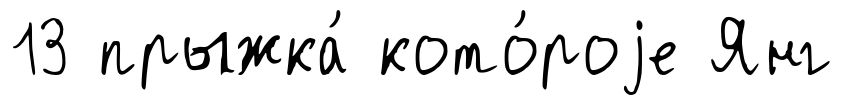
13 прыжка́ кото́роjе Янг